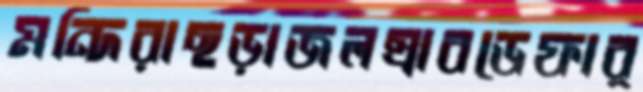
মন্দিরাছড়াজলস্রাবডেফার্